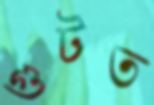
গুটত